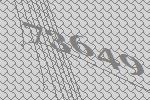
73649